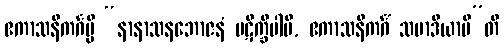
ဧကာသနိကင်္ဂမ္ပိ “နာနာသနဘောဇနံ ပဋိက္ခိပါမိ, ဧကာသနိကင်္ဂံ သမာဒိယာမီ”တိ